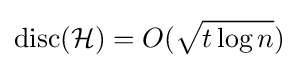
\operatorname {disc} ({\mathcal {H}})=O({\sqrt {t\log n}})